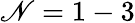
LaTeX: \mathscr{N}=1-3